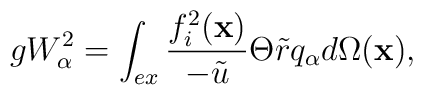
gW_{\alpha }^{2}=\int_{ex}\frac{f_{i}^{2}(\mathbf{x})}{-\tilde{u}}\Theta \tilde{r}q_{\alpha }d\Omega (\mathbf{x}),